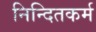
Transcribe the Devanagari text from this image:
निन्दितकर्म